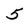
Character: 5